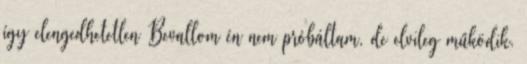
így elengedhetetlen Bevallom én nem próbáltam, de elvileg működik.